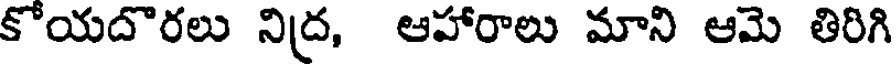
కోయదొరలు నిద్ర, ఆహారాలు మాని ఆమె తిరిగి